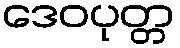
ဒေဝပုတ္တ